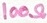
Text: 100Ω